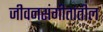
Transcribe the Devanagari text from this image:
जीवनसंगीतातील